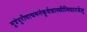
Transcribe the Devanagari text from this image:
मूत्रंपुरीषाचमनंकुर्वन्नास्थीनिधारयेत्